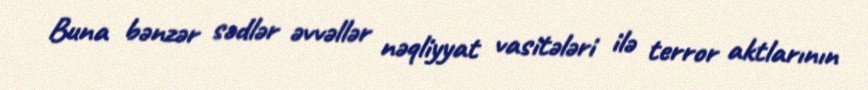
Buna bənzər sədlər əvvəllər nəqliyyat vasitələri ilə terror aktlarının